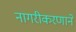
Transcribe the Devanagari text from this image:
नागरीकरणाने